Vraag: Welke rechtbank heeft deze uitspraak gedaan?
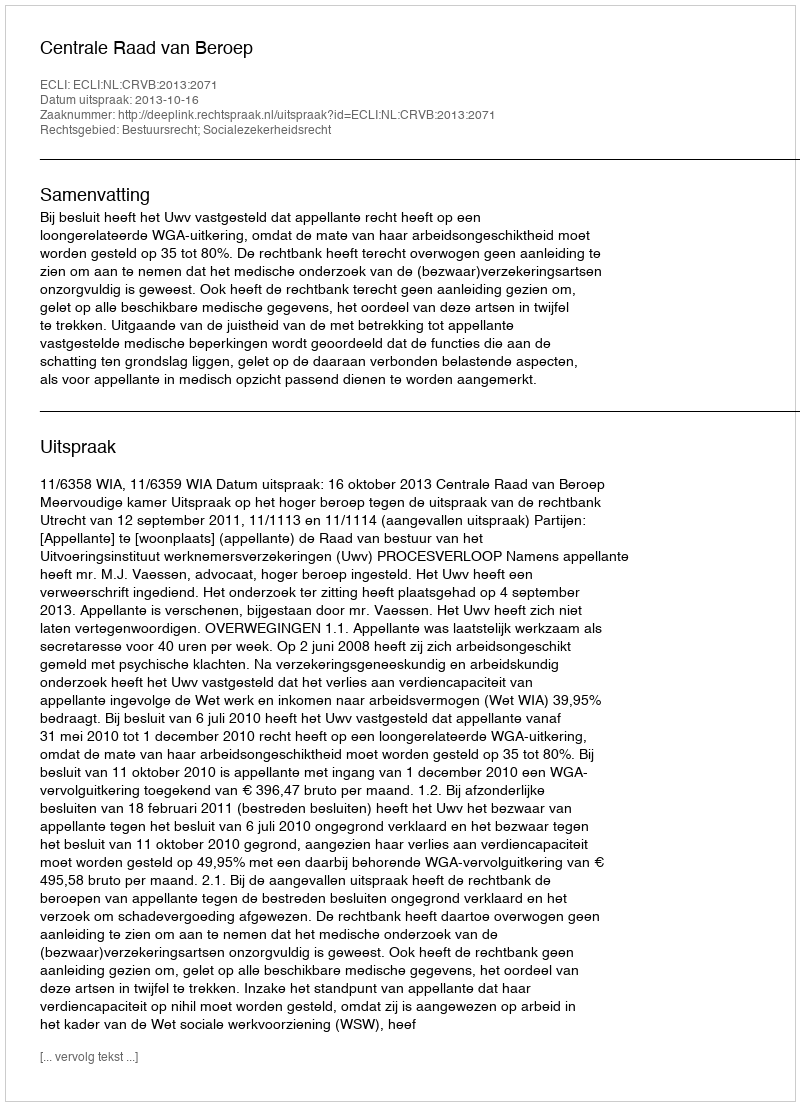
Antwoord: Centrale Raad van Beroep